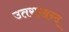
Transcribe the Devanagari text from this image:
उतराखन्द